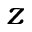
z